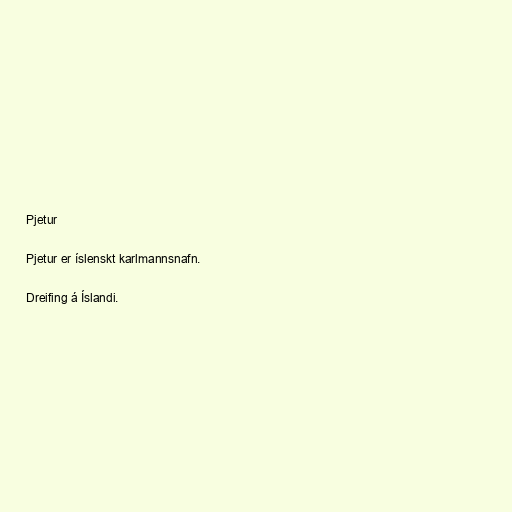
Pjetur

Pjetur er íslenskt karlmannsnafn.

Dreifing á Íslandi.